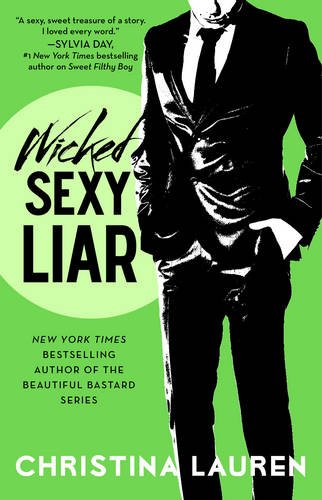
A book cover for Wicked Sexy Liar (Wild Seasons); Christina Lauren; Romance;